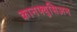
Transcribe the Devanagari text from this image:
कानफ्युसिअन